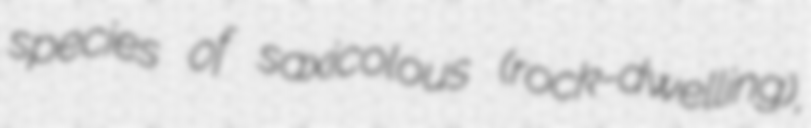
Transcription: species of saxicolous (rock-dwelling),